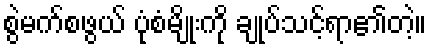
စွဲမက်စဖွယ် ပုံစံမျိုးကို ချုပ်သင့်ရာ၏တဲ့။